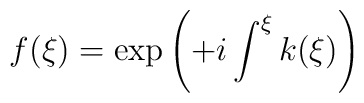
f(\xi) = \exp \left( +i \int^{\xi} k(\xi) \right)